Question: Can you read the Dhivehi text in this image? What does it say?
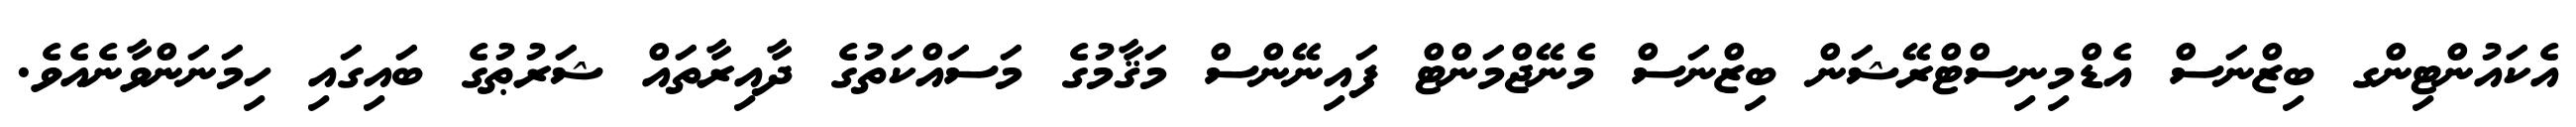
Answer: އެކައުންޓިންގ ބިޒްނަސް އެޑްމިނިސްޓްރޭޝަން ބިޒްނަސް މެނޭޖްމަންޓް ފައިނޭންސް މަޤާމުގެ މަސައްކަތުގެ ދާއިރާތައް ޝަރުޠުގެ ބައިގައި ހިމަނަންވާނެއެވެ.